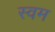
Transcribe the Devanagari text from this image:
स्वम